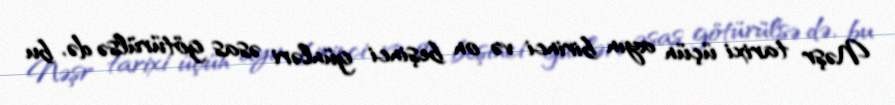
Nəşr tarixi üçün ayın birinci və on beşinci günləri əsas götürülsə də, bu